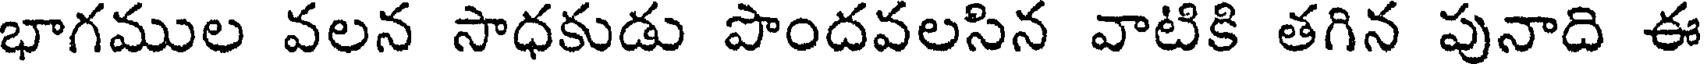
భాగముల వలన సాధకుడు పొందవలసిన వాటికి తగిన పునాది ఈ